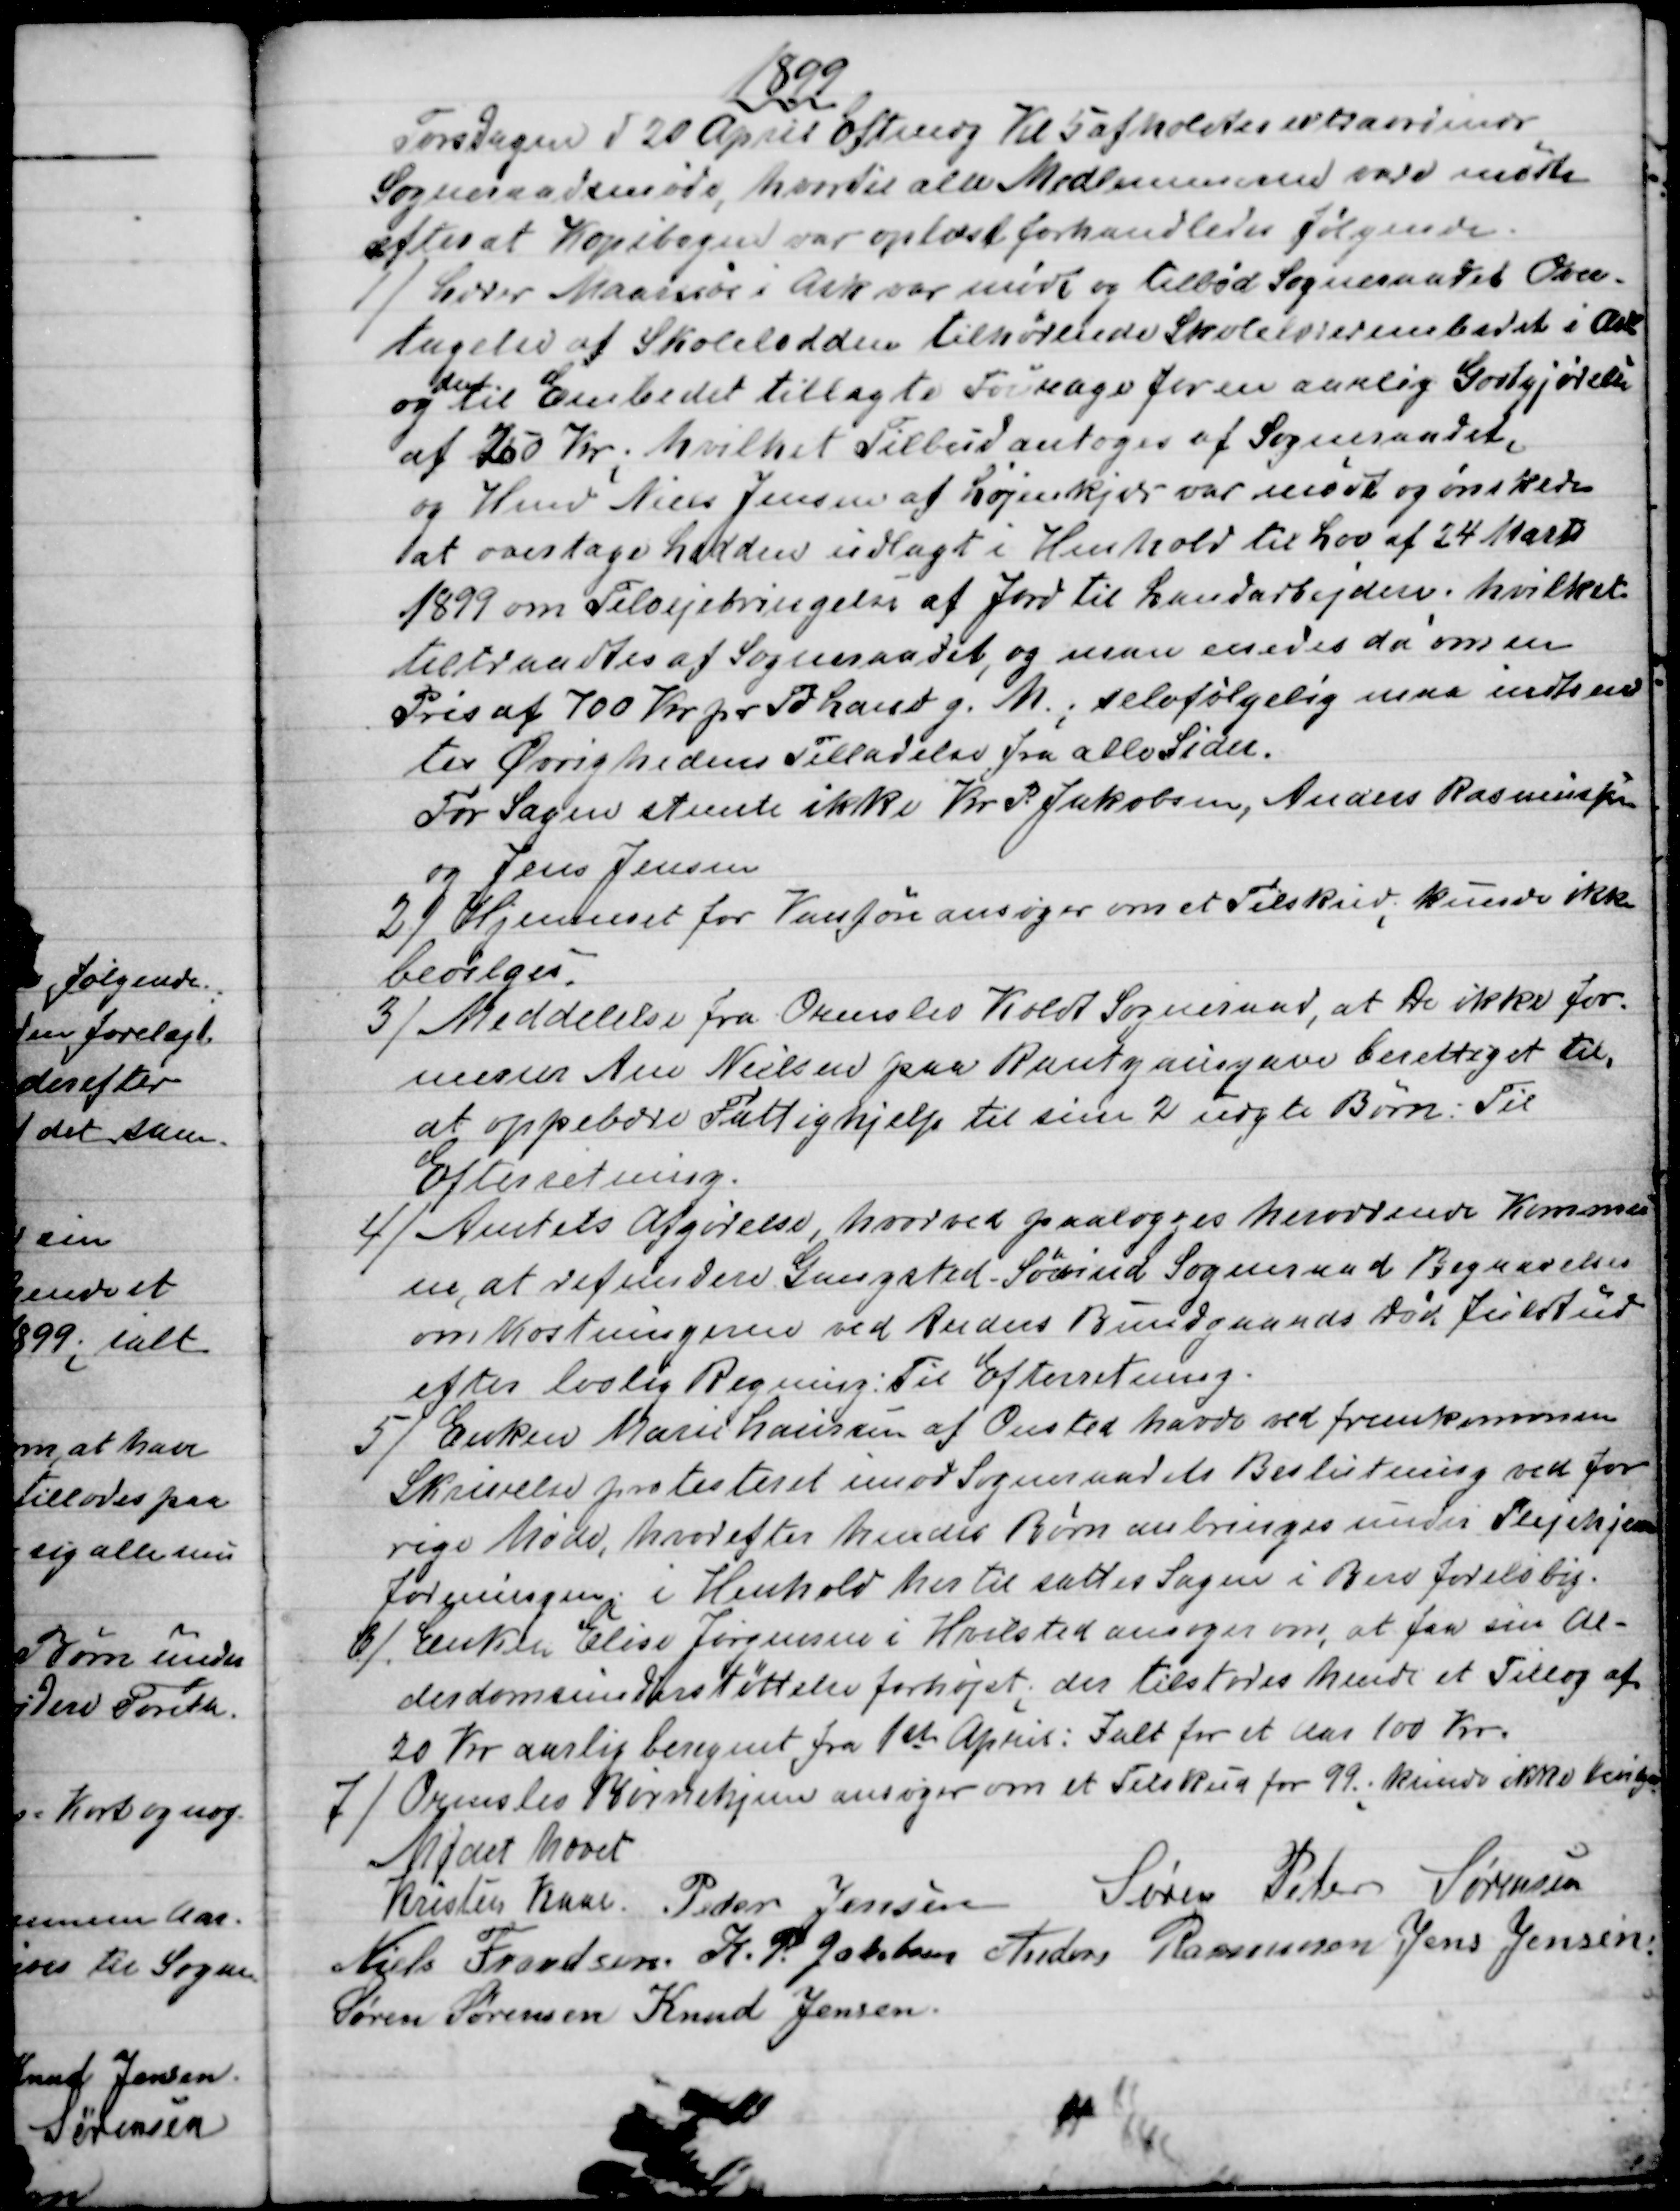
Transskription:
1899
Torsdagen d 20 April Eftmdg Kl 5 afholdtes extraordinær
Sogneraadsmøde, hvortil alle Medlemmerne vare mødte
efter at Kopibogen var oplæst forhandledes følgende.
1)
Lærer Maarssøe i Ask var mødt og tilbød Sogneraadet Over-
tagelse af Skolelodden tilhørende Skolelærerembedet i Ask
og 
den
til Embedet tillagte Fourage for en aarlig Godtgjørelse
af 250 Kr; hvilket Tilbud antoges af Sogneraadet,
og Hmd Niels Jensen af Løjenkjær var mødt og ønskede
at overtage Lodden udlagt i Henhold til Lov af 24 Marts
1899 om Tilvejebringelse af Jord til Landarbejdere; hvilket
tiltraadtes af Sogneraadet, og man enedes da om en
Pris af 700 Kr pr Td Land g. M.; selvfølgelig maa indhen- 
tes Øvrighedens Tilladelse fra alle Sider.
For Sagen stemte ikke Kr P. Jakobsen, Anders Rasmussen
og Jens Jensen
2) 
Hjemmet for Vanføre ansøger om et Tilskud; kunde ikke
bevilges.
3) 
Meddelelse fra Ormslev Koldt Sogneraad, at de ikke for-
mener Ane Nielsen paa Rantzausgave berettiget til,
at oppebære Fattighjelp til sine 2 uægte Børn: Til
Efterretning.
4) 
Amtets Afgørelse, hvorved paalægges herværende Kommu-
ne, at refundere Gangsted - Søvind Sogneraad Begravelses
omkostningerne ved Anders Bundgaards Død fuldtud
efter lovlig Regning: Til Efterretning.
5)
Enken Marie Laursen af Onsted havde ved fremkommen
Skrivelse protesteret imod Sogneraadets Beslutning ved for
rige Møde, hvorefter hendes Børn anbringes under Plejehjem
foreningen i Henhold hertil sættes Sagen i Bero foreløbig.
6)
Enken Elise Jørgensen i Hvilsted ansøger om, at faa sin Al-
derdomsunderstøttelse forhøjet; der tilstodes hende et Tillæg af
20 Kr aarlig beregnet fra 1ste April: Ialt for et Aar 100 Kr.
7)
Ormslev Børnehjem ansøger om et Tilskud for 99; kunde ikke bevilges
Mødet hævet
Kristen Kaae.  Peder Jensen  Søren Peter Sørensen
Niels Frandsen  K. P. Jakobsen  Anders Rasmussen  Jens Jensen
Søren Sørensen  Knud Jensen